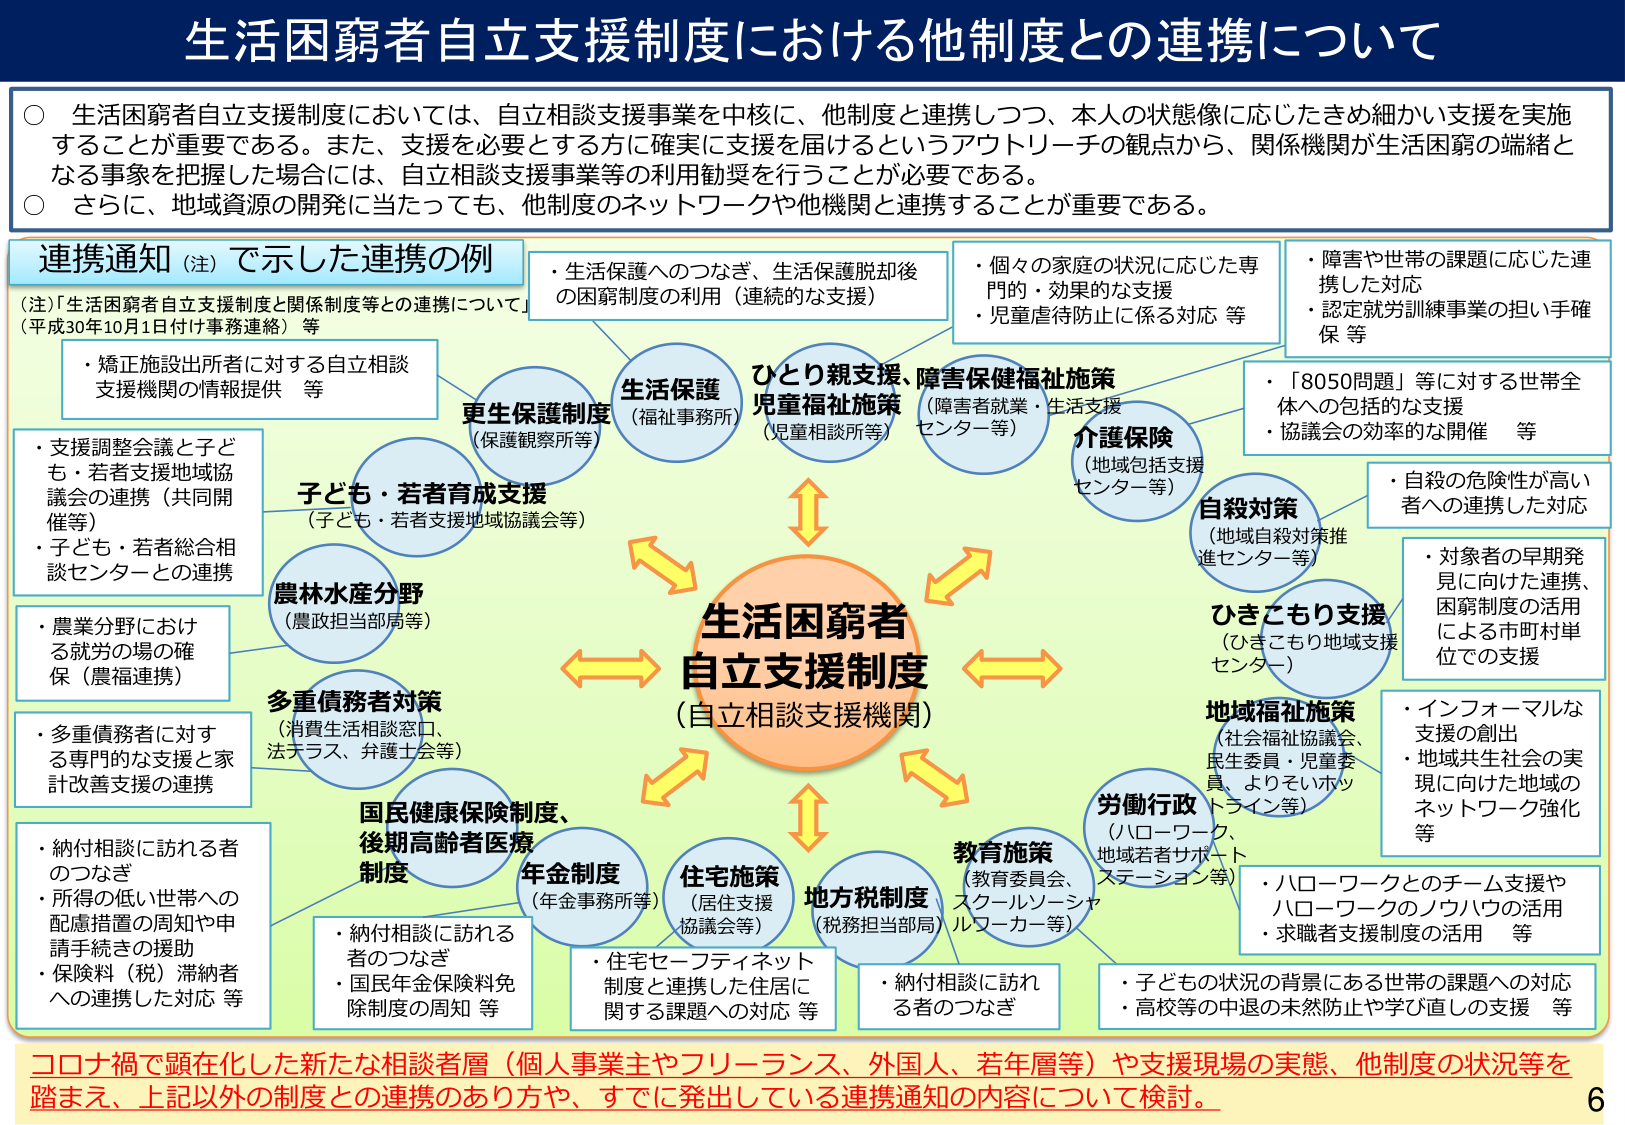
生活困窮者自立支援制度における他制度との連携について

○ 生活困窮者自立支援制度においては、自立相談支援事業を中核に、他制度と連携しつつ、本人の状態像に応じたきめ細かい支援を実施することが重要である。また、支援を必要とする方に確実に支援を届けるというアウトリーチの観点から、関係機関が生活困窮の端緒となる事象を把握した場合には、自立相談支援事業等の利用勧奨を行うことが必要である。
○ さらに、地域資源の開発に当たっても、他制度のネットワークや他機関と連携することが重要である。

連携通知（注）で示した連携の例
（注）「生活困窮者自立支援制度と関係制度等との連携について」（平成30年10月1日付け事務連絡）等

・生活保護へのつなぎ、生活保護脱却後の困窮制度の利用（連続的な支援）
・個々の家庭の状況に応じた専門的・効果的な支援
・児童虐待防止に係る対応 等
・障害や世帯の課題に応じた連携した対応
・認定就労訓練事業の担い手確保 等
・「8050問題」等に対する世帯全体への包括的な支援
・協議会の効率的な開催 等
・自殺の危険性が高い者への連携した対応
・対象者の早期発見に向けた連携、困窮制度の活用による市町村単位での支援
・インフォーマルな支援の創出
・地域共生社会の実現に向けた地域のネットワーク強化 等
・ハローワークとのチーム支援やハローワークのノウハウの活用
・求職者支援制度の活用 等
・子どもの状況の背景にある世帯の課題への対応
・高校等の中退の未然防止や学び直しの支援 等
・納付相談に訪れる者のつなぎ
・所得の低い世帯への配慮措置の周知や申請手続きの援助
・保険料（税）滞納者への連携した対応 等
・納付相談に訪れる者のつなぎ
・国民年金保険料免除制度の周知 等
・住宅セーフティネット制度と連携した住居に関する課題への対応 等
・納付相談に訪れる者のつなぎ

生活保護
（福祉事務所）

ひとり親支援、障害保健福祉施策
（障害者就業・生活支援センター等）

児童福祉施策
（児童相談所等）

介護保険
（地域包括支援センター等）

自殺対策
（地域自殺対策推進センター等）

ひきこもり支援
（ひきこもり地域支援センター）

地域福祉施策
（社会福祉協議会、民生委員・児童委員、よりそいホットライン等）

労働行政
（ハローワーク、地域若者サポートステーション等）

教育施策
（教育委員会、スクールソーシャルワーカー等）

地方税制度
（税務担当部局）

住宅施策
（居住支援協議会等）

年金制度
（年金事務所等）

国民健康保険制度、後期高齢者医療制度

多重債務者対策
（消費生活相談窓口、法テラス、弁護士会等）

農林水産分野
（農政担当部局等）

子ども・若者育成支援
（子ども・若者支援地域協議会等）

再生保護制度
（保護観察所等）

生活困窮者
自立支援制度
（自立相談支援機関）

・矯正施設出所者に対する自立相談支援機関の情報提供 等
・支援調整会議と子ども・若者支援地域協議会の連携（共同開催等）
・子ども・若者総合相談センターとの連携
・農業分野における就労の場の確保（農福連携）
・多重債務者に対する専門的な支援と家計改善支援の連携

コロナ禍で顕在化した新たな相談者層（個人事業主やフリーランス、外国人、若年層等）や支援現場の実態、他制度の状況等を踏まえ、上記以外の制度との連携のあり方や、すでに発出している連携通知の内容について検討。

6